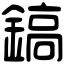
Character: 鎬